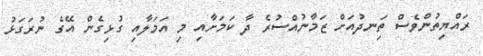
ރައްޔިތުންވެސް ތިަނދުއަށް ޒަމާނުއްސުރެ ދާ ކަމަށާއި މި އަމަލާއި ގުޅިގެން އޭގެ ނުރަގަޅު